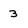
Character: 3